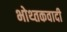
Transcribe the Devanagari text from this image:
भोथ्तकवादी